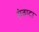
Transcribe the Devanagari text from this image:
संवादा